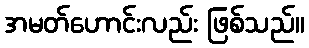
အမတ်ဟောင်းလည်း ဖြစ်သည်။